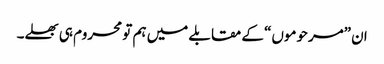
ان ”مرحوموں“ کے مقابلے میں ہم تو محروم ہی بھلے۔